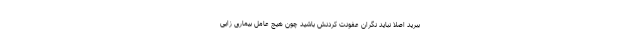
ببرید اصلاً نباید نگران عفونت کردنش باشید چون هیچ عامل بیماری زایی